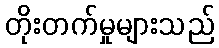
တိုးတက်မှုများသည်